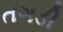
તગડી